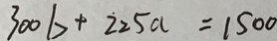
3 0 0 b + 2 2 5 a = 1 5 0 0